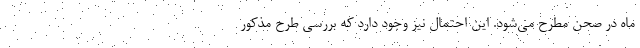
ماه در صحن مطرح می‌شود. این احتمال نیز وجود دارد که بررسی طرح مذکور